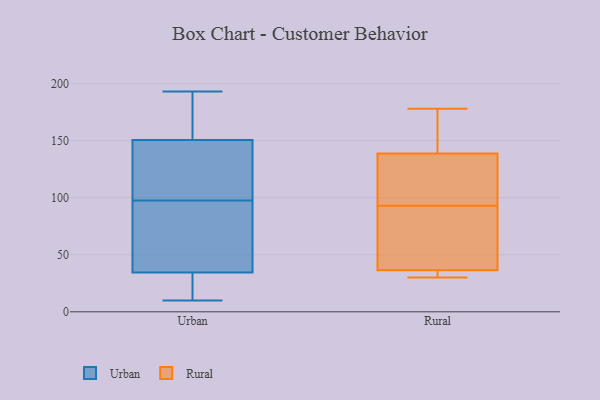
{"axis": {"x": "Temperature (°C)", "y": "Value"}, "legend": ["Rural", "Urban"], "data": [{"x": "", "y": 28, "type": "Urban"}, {"x": "", "y": 70, "type": "Urban"}, {"x": "", "y": 131, "type": "Urban"}, {"x": "", "y": 65, "type": "Urban"}, {"x": "", "y": 10, "type": "Urban"}, {"x": "", "y": 20, "type": "Urban"}, {"x": "", "y": 133, "type": "Urban"}, {"x": "", "y": 175, "type": "Urban"}, {"x": "", "y": 193, "type": "Urban"}, {"x": "", "y": 172, "type": "Urban"}, {"x": "", "y": 21, "type": "Urban"}, {"x": "", "y": 98, "type": "Urban"}, {"x": "", "y": 97, "type": "Urban"}, {"x": "", "y": 41, "type": "Urban"}, {"x": "", "y": 155, "type": "Urban"}, {"x": "", "y": 146, "type": "Urban"}, {"x": "", "y": 110, "type": "Rural"}, {"x": "", "y": 157, "type": "Rural"}, {"x": "", "y": 38, "type": "Rural"}, {"x": "", "y": 36, "type": "Rural"}, {"x": "", "y": 33, "type": "Rural"}, {"x": "", "y": 145, "type": "Rural"}, {"x": "", "y": 93, "type": "Rural"}, {"x": "", "y": 52, "type": "Rural"}, {"x": "", "y": 120, "type": "Rural"}, {"x": "", "y": 30, "type": "Rural"}, {"x": "", "y": 178, "type": "Rural"}]}